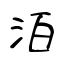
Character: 洦